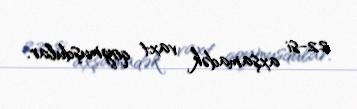
22-si axşamadək vaxt qoymuşdular.